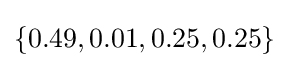
\{0.49,0.01,0.25,0.25\}